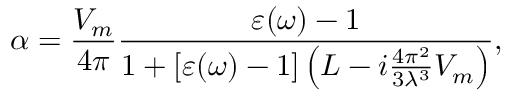
\alpha = \frac { V _ { m } } { 4 \pi } \frac { \varepsilon ( \omega ) - 1 } { 1 + [ \varepsilon ( \omega ) - 1 ] \left( L - i \frac { 4 \pi ^ { 2 } } { 3 \lambda ^ { 3 } } V _ { m } \right) } ,